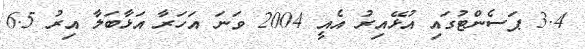
3.4 ޕަސެންޓުގައި އުޅޭއިރު އެއީ 2004 ވަނަ އަހަރާ އަޅާބަލާ އިރު 6.5